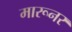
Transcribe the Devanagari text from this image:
मारूनर